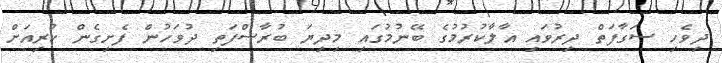
ދިވެހި ސަގާފަތް ދިރުވައި އާލާކުރުމުގެ ބޭނުމުގައި މިދިޔަ ބުރާސްފަތި ދުވަހުން ފެށިގެން ކުރިއަށް